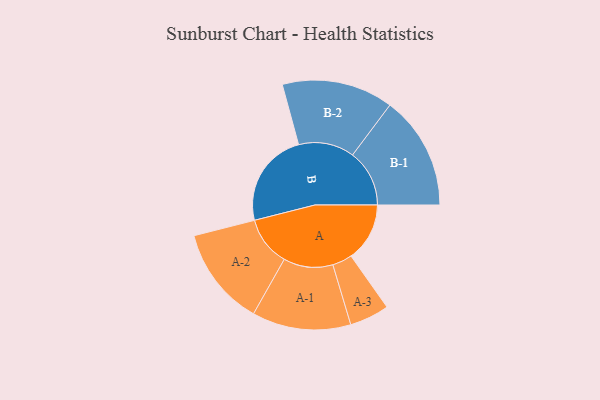
{"axis": {"x": "Segment", "y": "Value"}, "legend": ["", "A", "B"], "data": [{"x": "A", "y": 304, "type": ""}, {"x": "B", "y": 494, "type": ""}, {"x": "A-1", "y": 256, "type": "A"}, {"x": "A-2", "y": 257, "type": "A"}, {"x": "A-3", "y": 103, "type": "A"}, {"x": "B-1", "y": 295, "type": "B"}, {"x": "B-2", "y": 289, "type": "B"}]}